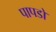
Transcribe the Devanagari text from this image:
पापडों